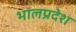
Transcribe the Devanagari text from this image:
भालप्रदेश